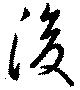
後